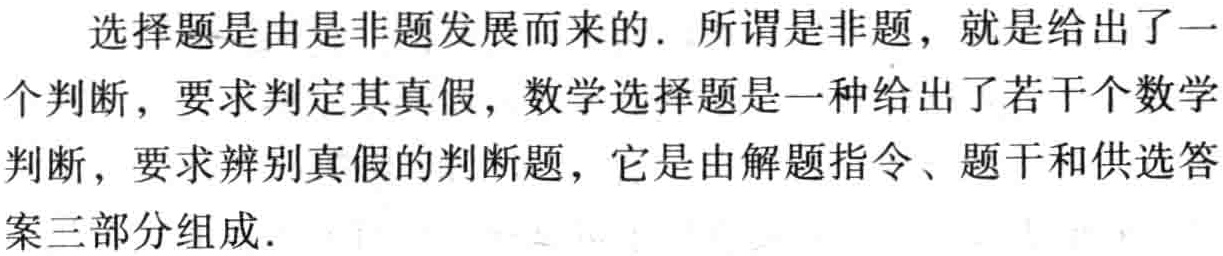
选择题是由是非题发展而来的. 所谓是非题，就是给出了一
个判断，要求判定其真假，数学选择题是一种给出了若干个数学
判断，要求辨别真假的判断题，它是由解题指令、题干和供选答
案三部分组成.